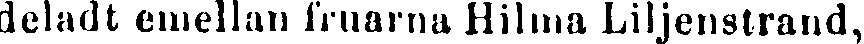
deladt emellan fruarna Hilma Liljenstrand,